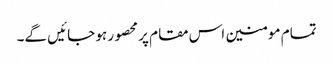
تمام مومنین اس مقام پر محصور ہو جائیں گے۔